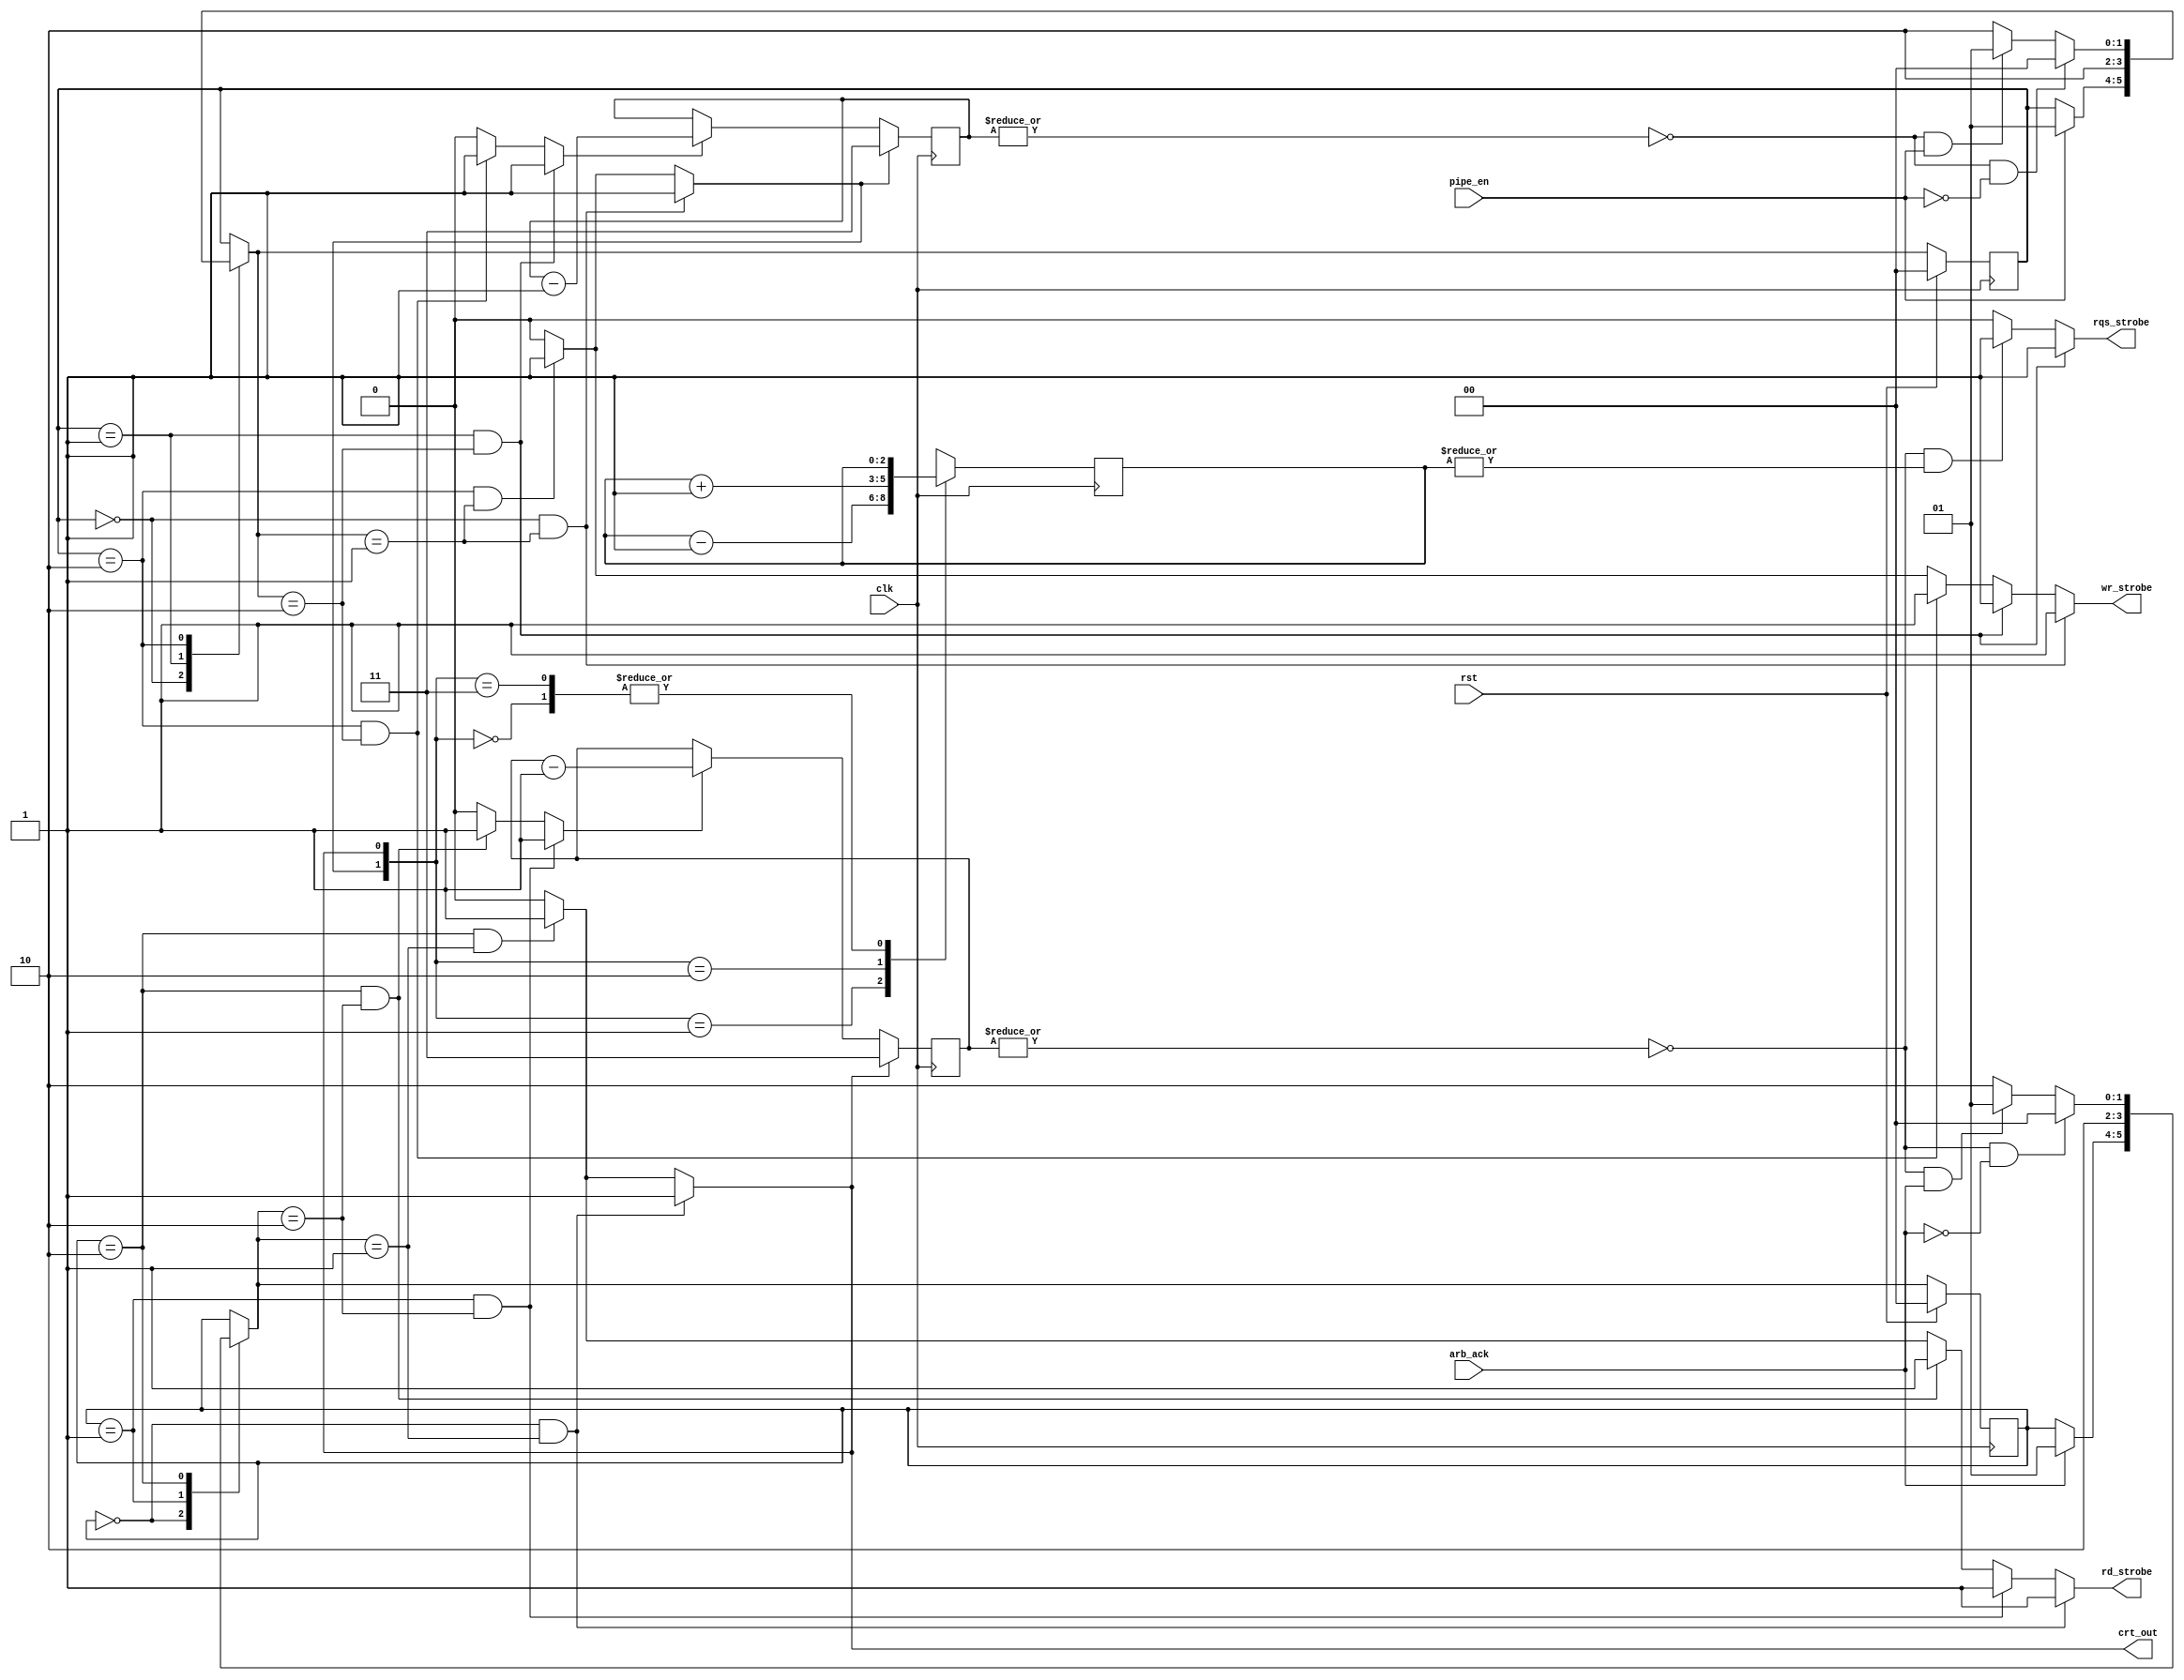
`timescale 1ns / 1ps


/* '''
Documentation

    ipcu - inport control unit
 '''*/
module ipcu
	(
		input wire clk,
		input wire rst,
	    // --- input  --- //
		input wire 	arb_ack,
		input wire 	pipe_en,
	    // --- output --- //
		output wire wr_strobe,
		output wire rd_strobe,
        output wire rqs_strobe,
		output wire crt_out
    );


// --- localparam --- //
    localparam IDLE=2'b00;
    localparam NEW =2'b01; 
    localparam ACK =2'b01;
    localparam PUSH=2'b10;
    localparam PULL=2'b10; 


// --- signals --- //
    // --- fsm packet receiver --- //
        reg [1:0] istate_next;
        reg [1:0] istate_reg;

    // --- fsm packet forwarder --- //
        reg [1:0] ostate_next;
        reg [1:0] ostate_reg;

    // --- inbound packet counter --- //
        wire icntr_sub;
        wire icntr_rst;
        
        reg  [1:0] icntr_reg=2'b11;    

    // --- out going packet counter --- //
        wire ocntr_sub;
        wire ocntr_rst;
        
        reg  [1:0] ocntr_reg=2'b11;

    // --- request strobe --- //
        wire fcntr_inc;
        wire fcntr_sub;
        wire fcntr_rst;
        
        reg  [2:0] fcntr_reg =3'b000;
        reg  [2:0] fcntr_next=3'b000;        



// --- inbound packet counter --- //
// '''Documentation
    always @(posedge clk)
        if (icntr_rst)
            icntr_reg<=2'b11;
        else if (icntr_sub)
            icntr_reg<=icntr_reg-1'b1;
        else
            icntr_reg<=icntr_reg;

    assign icntr_rst =(istate_reg==IDLE && istate_next==NEW) ? 1'b1 :
                      (istate_reg==PUSH && istate_next==NEW) ? 1'b1 :
                      1'b0;

    assign icntr_sub =(istate_reg==NEW  && istate_next==PUSH) ? 1'b1 :
                      (istate_reg==PUSH && istate_next==PUSH) ? 1'b1 :
                      1'b0;




// --- fsm packet receiver --- //
// '''Documentation

    // --- memory element --- //
    always @(posedge clk)
        if (rst)
            istate_reg<=IDLE;
        else
            istate_reg<=istate_next;

    // --- next state logic --- //
    always @(*) begin
        istate_next=istate_reg;
        case (istate_reg)
            IDLE:
                if (pipe_en)
                    istate_next=NEW;
            NEW:
                istate_next=PUSH;
            PUSH:
                if (~|icntr_reg && ~pipe_en)
                    istate_next=IDLE;
                else if (~|icntr_reg && pipe_en)
                    istate_next=NEW;
                else
                    istate_next=PUSH;
        endcase
    end

    // --- fsm output drivers --- //
    assign wr_strobe=(istate_reg==IDLE && istate_next==NEW)  ? 1'b1 :
                     (istate_reg==NEW  && istate_next==PUSH) ? 1'b1 :
                     (istate_reg==PUSH && istate_next==PUSH) ? 1'b1 :
                     (istate_reg==PUSH && istate_next==NEW)  ? 1'b1 :
                     1'b0;
        




// --- out going packet counter --- //
// '''Documentation
    always @(posedge clk)
        if (ocntr_rst)
            ocntr_reg<=2'b11;
        else if (ocntr_sub)
            ocntr_reg<=ocntr_reg-1'b1;
        else
            ocntr_reg<=ocntr_reg;


    assign ocntr_rst=(ostate_reg==IDLE && ostate_next==ACK)  ? 1'b1 :
                     (ostate_reg==PULL && ostate_next==ACK)  ? 1'b1 :
                     1'b0; 

    assign ocntr_sub=(ostate_reg==ACK  && ostate_next==PULL) ? 1'b1 :
                     (ostate_reg==PULL && ostate_next==PULL) ? 1'b1 :
                     1'b0;





// --- fsm packet forwarder --- //
    // --- memory element --- //
    always @(posedge clk)
        if (rst)
            ostate_reg<=IDLE;
        else
            ostate_reg<=ostate_next;

    // --- next state logic --- //
    always @(*) begin
        ostate_next=ostate_reg;
        case (ostate_reg)
            IDLE:
                if (arb_ack)
                    ostate_next=ACK;
            ACK:
                ostate_next=PULL;
            PULL:
                if (~|ocntr_reg && ~arb_ack)
                    ostate_next=IDLE;
                else if (~|ocntr_reg && arb_ack)
                    ostate_next=ACK;
                else
                    ostate_next=PULL;
        endcase
    end

    // --- output drivers --- //
    assign crt_out   = (ostate_reg==IDLE && ostate_next==ACK)   ? 1'b1 :
                       (ostate_reg==PULL && ostate_next==ACK)   ? 1'b1 :
                       1'b0;

    assign rd_strobe = (ostate_reg==IDLE && ostate_next==ACK)   ? 1'b1 :
                       (ostate_reg==ACK  && ostate_next==PULL)  ? 1'b1 :
                       (ostate_reg==PULL && ostate_next==PULL)  ? 1'b1 :
                       (ostate_reg==PULL && ostate_next==ACK)   ? 1'b1 :
                       1'b0;




// --- request strone --- //
// '''Documentation

    // flit counter   
    // --- memory element --- // 
    always @(posedge clk)
        fcntr_reg<=fcntr_next;
    
    // --- next state logic --- //
    assign fcntr_inc=(istate_reg==IDLE && istate_next==NEW) ? 1'b1 : 
                     (istate_reg==PUSH && istate_next==NEW) ? 1'b1 :
                     1'b0;
    assign fcntr_sub=(ostate_reg==IDLE && ostate_next==ACK) ? 1'b1 : 
                     (ostate_reg==PULL && ostate_next==ACK) ? 1'b1 :
                     1'b0;

    always @(*)
        case({fcntr_inc, fcntr_sub})
            2'b00:
                fcntr_next = fcntr_reg;
            2'b01: // decrement 
                fcntr_next = fcntr_reg - 1'b1;
            2'b10: // increment 
                fcntr_next = fcntr_reg + 1'b1;
            2'b11:
                fcntr_next = fcntr_reg;
        endcase

    // --- output drivers --- //
    assign rqs_strobe=(istate_reg==NEW && istate_next==PUSH) ? 1'b1 :
                      (~|ocntr_reg && |fcntr_reg)            ? 1'b1 :
                      1'b0;

endmodule